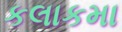
કલાકમા